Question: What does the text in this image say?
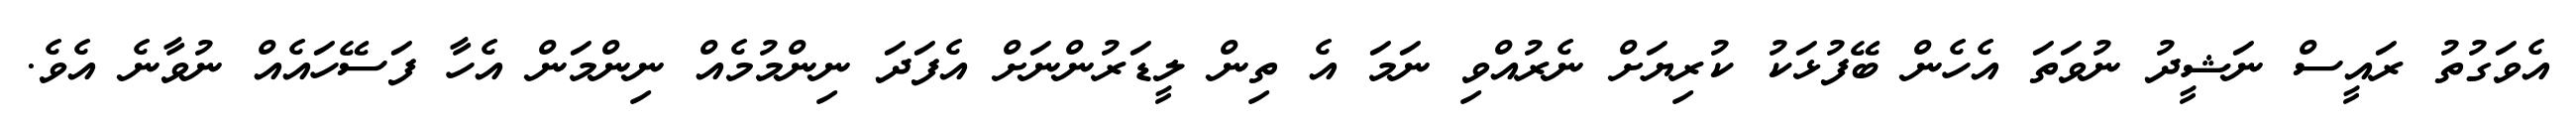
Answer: އެވަގުތު ރައީސް ނަޝީދު ނުވަތަ އެހެން ބޭފުޅަކު ކުރިޔަށް ނެރުއްވި ނަމަ އެ ތިން ލީޑަރުންނަށް އެފަދަ ނިންމުމެއް ނިންމަން އެހާ ފަސޭހައެއް ނުވާނެ އެވެ.